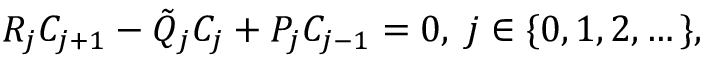
\begin{array} { r } { R _ { j } C _ { j + 1 } - \tilde { Q } _ { j } C _ { j } + P _ { j } C _ { j - 1 } = 0 , \; j \in \{ 0 , 1 , 2 , \dots \} , } \end{array}